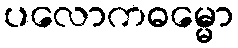
ပလောကဓမ္မော